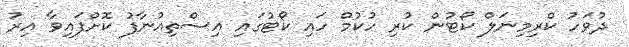
ދުވަހު ކްރިމިނަލް ކޯޓުން ކުރި ހުކުމް ހައި ކޯޓުގައި އިސްތިއުނާފު ކޮށްފައިވާ އިރު